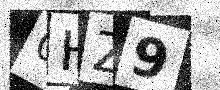
Text: 0HZ9